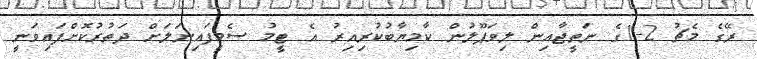
ރޭގެ މެޗު 2-1ގެ ނަތީޖާއިން ލިވަޕޫލުން ކާމިޔާބުކުރިއިރު އެ ޓީމު ސެމީފައިނަލަށް ދަތުރުކޮށްފައިވަނީ